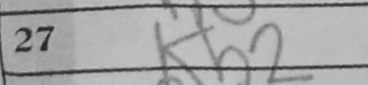
Transcription: Kh2